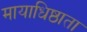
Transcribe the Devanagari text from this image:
मायाधिष्ठाता